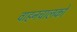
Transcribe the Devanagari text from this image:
वाहनचालकों